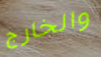
والخارج